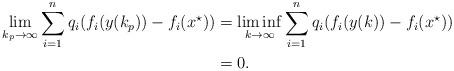
LaTeX: \begin{align*} \lim\limits_{k_{p}\to\infty}\sum\limits_{i=1}^{n}q_{i}(f_{i}(y(k_{p}))-f_{i}(x^{\star}))&=\liminf\limits_{k\to\infty}\sum\limits_{i=1}^{n}q_{i}(f_{i}(y(k))-f_{i}(x^{\star}))\\ &= 0. \end{align*}